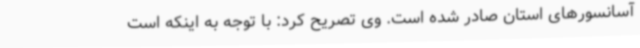
آسانسورهای استان صادر شده است. وی تصریح کرد: با توجه به اینکه است